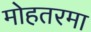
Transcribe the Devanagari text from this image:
मोहतरमा